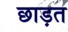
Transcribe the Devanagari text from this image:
छाड़त